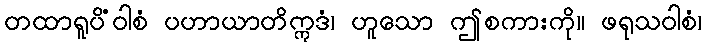
တထာရူပိံဝါစံ ပဟာယာတိဣဒံ၊ ဟူသော ဤစကားကို။ ဖရုသဝါစံ၊